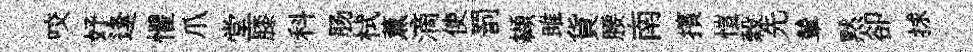
咬妤逢懼爪堂膝科肠栻薫滴使罰纈雎貨腰南擯愷穀先輦黙卻捄